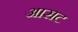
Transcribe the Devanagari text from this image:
आसट